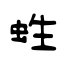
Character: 﨡